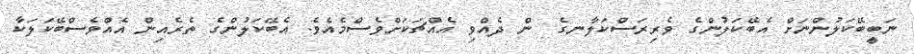
ނަބީބޭކަލުންނަށް އެބޭކަލުންގެ ވެރިރަސްކަލާނގެ  ން ދެއްވި އެއްޗަކަށްވެސްމެއެވެ. އެބޭކަލުންގެ ތެރެއިން އެއްވެސްބޭކަލަކާ